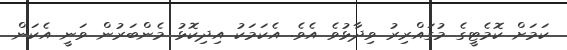
ކަމަށް ކޮމެޓީގެ މުގައްރިރު ވިދާޅުވެ އެވެ. އެކަމަކު އިދިކޮޅު މެންބަރުން ވަނީ އެކަން